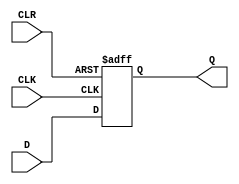
module d_flip_flop(
    input D,
    input CLK,
    input CLR,
    output reg Q
);

always @ (posedge CLK or posedge CLR)
begin
    if (CLR)
        Q <= 1'b0;
    else
        Q <= D;
end

endmodule